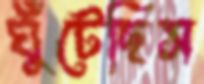
ঘুঁটেছিস